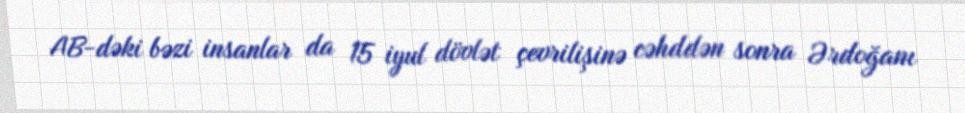
AB-dəki bəzi insanlar da 15 iyul dövlət çevrilişinə cəhddən sonra Ərdoğanı